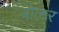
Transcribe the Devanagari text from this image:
बोलर